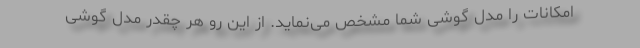
امکانات را مدل گوشی شما مشخص می‌نماید. از این رو هر چقدر مدل گوشی